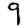
Digit: 9